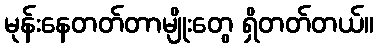
မုန်းနေတတ်တာမျိုးတွေ ရှိတတ်တယ်။